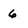
Character: 6